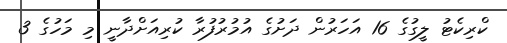
ކްރިކެޓު ލީގުގެ 16 އަހަރުން ދަށުގެ އުމުރުފުރާ ކުރިއަށްދާނީ މި މަހުގެ 3